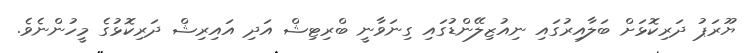
ޔޫރަޕު ދަރިކޮޅަށް ބަލާއިރުގައި ނިއުޒިލޭންޑުގައި ގިނަވާނީ ބްރިޓިޝް އަދި އައިރިޝް ދަރިކޮޅުގެ މީހުންނެވެ.